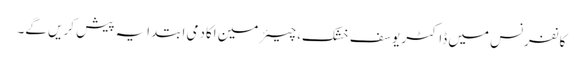
کانفرنس میں ڈاکٹر یوسف خشک، چیئرمین اکادمی ابتدایہ پیش کریں گے۔